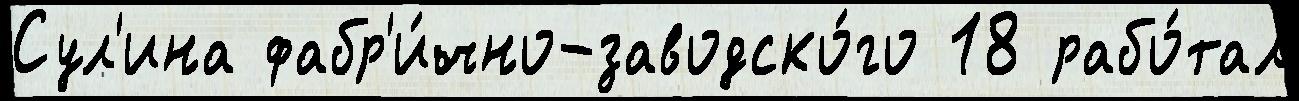
Сул'ина фабр'и́чно-заводско́го 18 рабо́тал